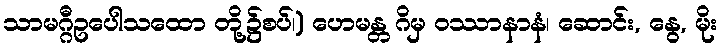
သာမဂ္ဂီဥပေါသထော တို့၌စပ်၊) ဟေမန္တ ဂိမှ ဝဿာနာနံ၊ ဆောင်း, နွေ, မိုး